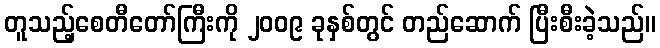
တူသည့်စေတီတော်ကြီးကို ၂၀၀၉ ခုနှစ်တွင် တည်ဆောက် ပြီးစီးခဲ့သည်။